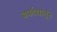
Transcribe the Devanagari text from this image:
बर्फाखालून